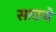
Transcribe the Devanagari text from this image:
साठये